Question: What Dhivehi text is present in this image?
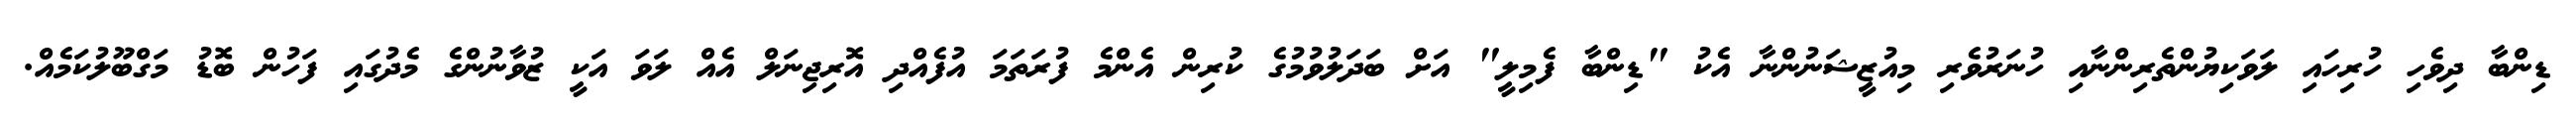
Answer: ޑިންބާ ދިވެހި ހުރިހައި ލަވަކިޔުންތެރިންނާއި ހުނަރުވެރި މިއުޒީޝަނުންނާ އެކު "ޑިންބާ ފެމިލީ" އަށް ބަދަލުވުމުގެ ކުރިން އެންމެ ފުރަތަމަ އުފެއްދި އޮރިޖިނަލް އެއް ލަވަ އަކީ ޒުވާނުންގެ މެދުގައި ފަހުން ބޮޑު މަގްބޫލުކަމެއް.